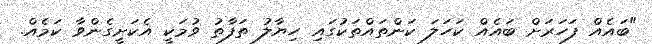
"ބައެއް ފަހަރަށް ބައެއް ކަހަލަ ކަންތައްތަކުގައި ހިޔާލު ތަފާތު ވުމަކީ އެކަށީގެންވާ ކަމެއް.